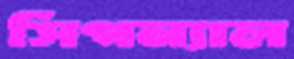
সিগন্যাল